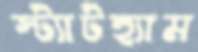
স্ট্যাটহ্যাম